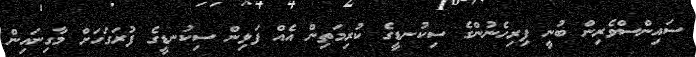
ސައިންސްވެރިން ބުނީ ފިރިހެނުންގެ ސިކުނޑީގެ ކުރިމަތިން އެއް ފަޅިން ސިކުނޑީގެ ފުރަގަހަށް މާގިނައިން